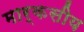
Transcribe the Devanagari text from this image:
मार्कसीय